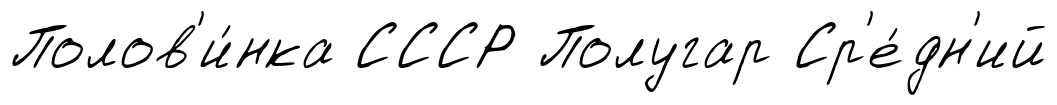
Полов'и́нка СССР Полугар Ср'е́дн'ий